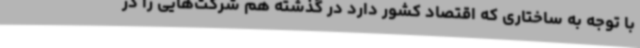
با توجه به ساختاری که اقتصاد کشور دارد در گذشته هم شرکت‌هایی را در